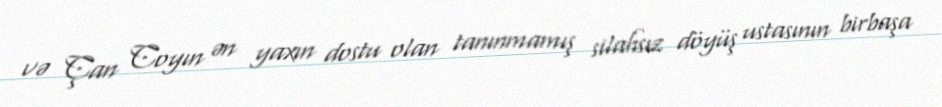
və Çan Coyın ən yaxın dostu olan tanınmamış silahsız döyüş ustasının birbaşa